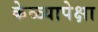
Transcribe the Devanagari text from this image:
केळ्यापेक्षा